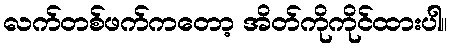
လက်တစ်ဖက်ကတော့ အိတ်ကိုကိုင်ထားပါ။